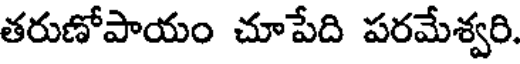
తరుణోపాయం చూపేది పరమేశ్వరి.